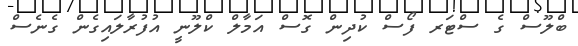
ބްލޫސް ގެ ސްޓަރ ފޯސް ކުދިން ގޮސް އަމާލް ކްލޫނީ އުފުރާލައިގެން ގެނެސް